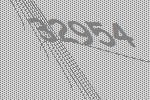
32954